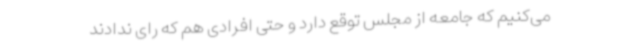
می‌کنیم که جامعه از مجلس توقع دارد و حتی افرادی هم که رای ندادند